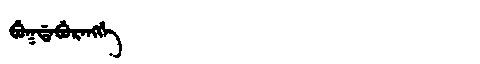
Manchu: ᠪᡠᡴᡩᠠᠪᡠᡵᠠᠩᡤᡝ
Romanization: BUKDABURANGGE